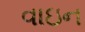
વાઇન